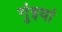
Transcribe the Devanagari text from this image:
गुंइयां